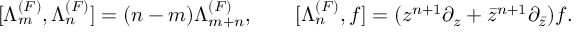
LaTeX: [ \Lambda _ { m } ^ { ( F ) } , \Lambda _ { n } ^ { ( F ) } ] = ( n - m ) \Lambda _ { m + n } ^ { ( F ) } , \qquad [ \Lambda _ { n } ^ { ( F ) } , f ] = ( z ^ { n + 1 } \partial _ { z } + { \bar { z } } ^ { n + 1 } \partial _ { \bar { z } } ) f .